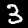
Digit: 3